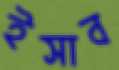
ইসাব